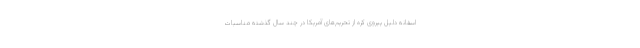
اسفانه دلیل پیروی کره از تحریم‌های آمریکا در چند سال گذشته مناسبات